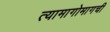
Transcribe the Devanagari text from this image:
त्यामागोमागची